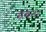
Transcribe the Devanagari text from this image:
ग्रेबनर